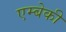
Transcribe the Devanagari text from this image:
एम्बेकी